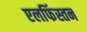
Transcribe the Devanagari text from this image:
एलफिंस्तन